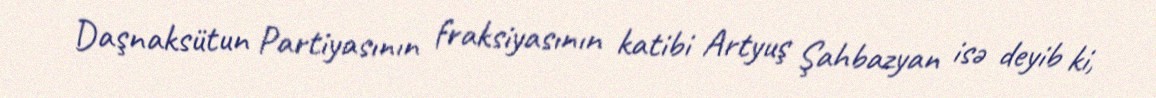
Daşnaksütun Partiyasının fraksiyasının katibi Artyuş Şahbazyan isə deyib ki,